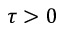
\tau > 0